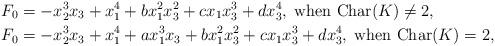
LaTeX: \begin{align*} F_0&=-x_2^3x_3+x_1^4+bx_1^2x_3^2+c x_1x_3^3+d x_3^4,\; \textrm{when } \textrm{Char}(K)\ne 2,\\ F_0&=-x_2^3x_3+x_1^4+ax_1^3 x_3+bx_1^2x_3^2+cx_1 x_3^3+d x_3^4,\; \textrm{when } \textrm{Char}(K)=2,\end{align*}